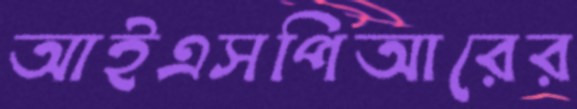
আইএসপিআরের